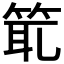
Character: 𥭙